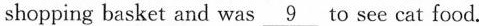
shopping basket and was \underline9 to see cat food.